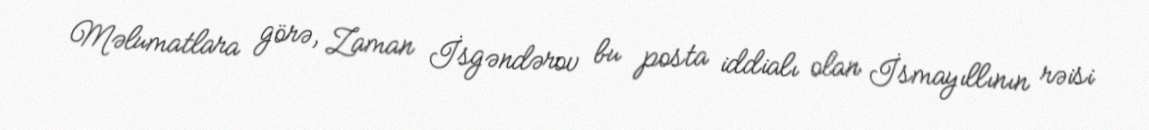
Məlumatlara görə, Zaman İsgəndərov bu posta iddialı olan İsmayıllının rəisi